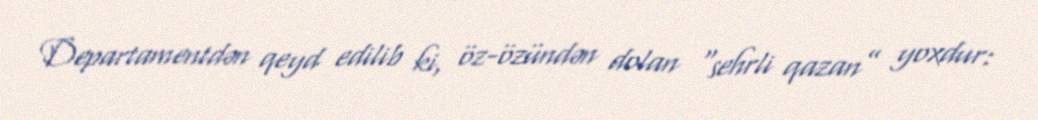
Departamentdən qeyd edilib ki, öz-özündən dolan “sehrli qazan” yoxdur: